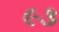
૯૩